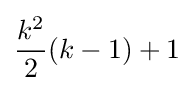
{\frac {k^{2}}{2}}(k-1)+1